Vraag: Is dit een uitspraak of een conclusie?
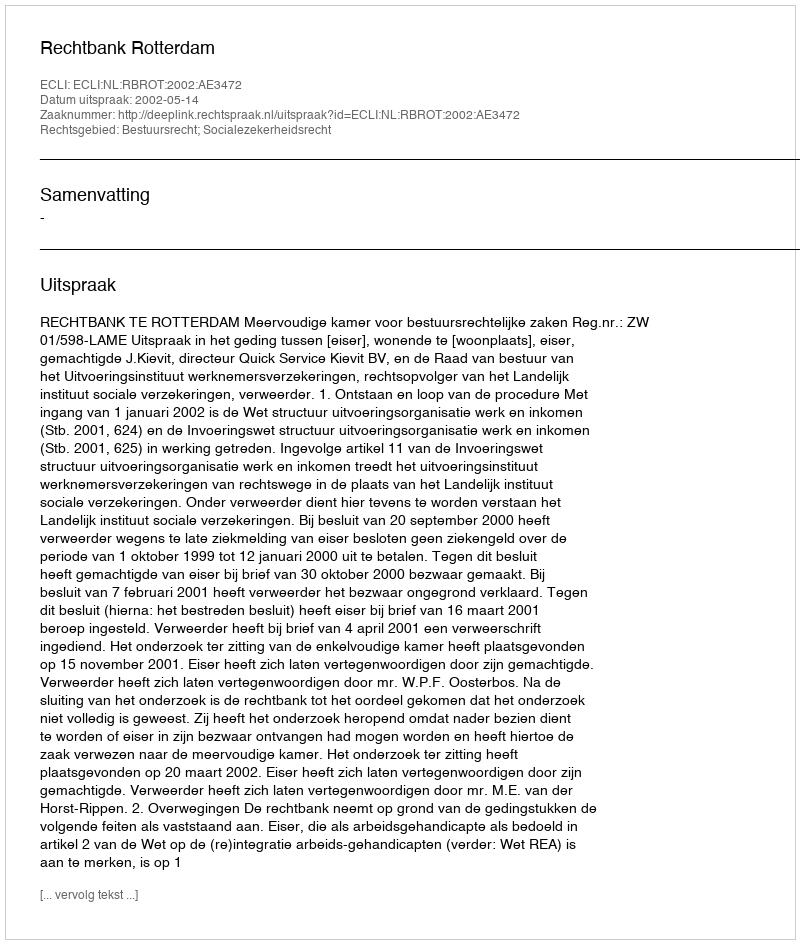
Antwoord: Uitspraak